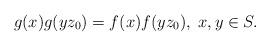
LaTeX: \begin{align*} g(x)g(yz_0)=f(x)f(yz_0), \; x,y \in S. \end{align*}